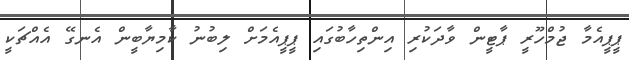
ޕީޕީއެމާ ޖުމްހޫރީ ޕާޓީން ވާދަކުރި އިންތިހާބުގައި ޕީޕީއެމަށް ލިބުނު ކާމިޔާބީން އެނގޭ އެއްޗަކީ